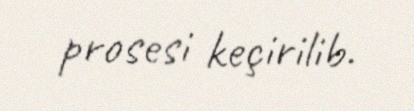
prosesi keçirilib.